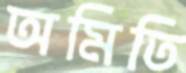
অমিতি